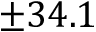
\pm 3 4 . 1